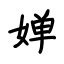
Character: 婵